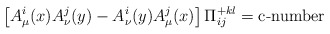
\begin{align*}\left[ A_\mu^i(x) A_\nu^j(y) - A_\nu ^i(y) A_\mu ^j(x)\right] \Pi _{ij}^{+ kl} = \mbox{c-number}\end{align*}